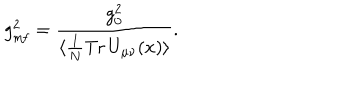
g _ { \mathrm { m f } } ^ { 2 } = { \frac { g _ { 0 } ^ { 2 } } { \langle \frac { 1 } { N } \mathrm { T r } \, U _ { \mu \nu } ( x ) \rangle } } .